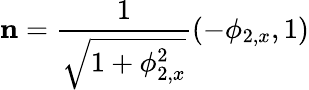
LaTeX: \mathbf{n}=\frac{1}{\sqrt{1+\phi_{2,x}^{2}}}(-\phi_{2,x},1)